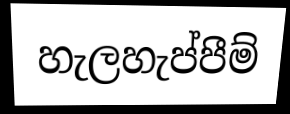
හැලහැප්පීම්